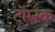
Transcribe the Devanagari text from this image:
टॉम्स्क